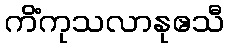
ကိံကုသလာနုဧသီ